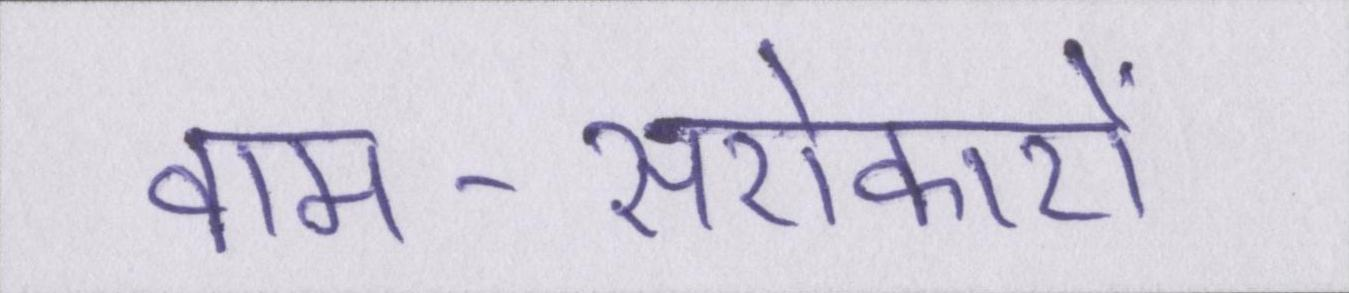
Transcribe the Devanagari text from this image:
वाम-सरोकारों